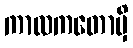
ကာလကတောမှိ